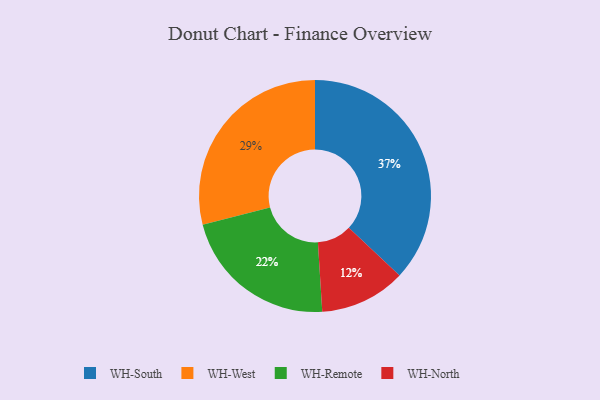
{"axis": {"x": "Category", "y": "Percentage"}, "legend": ["WH-North", "WH-Remote", "WH-South", "WH-West"], "data": [{"x": "WH-North", "y": 12, "type": "WH-North"}, {"x": "WH-West", "y": 29, "type": "WH-West"}, {"x": "WH-Remote", "y": 22, "type": "WH-Remote"}, {"x": "WH-South", "y": 37, "type": "WH-South"}]}